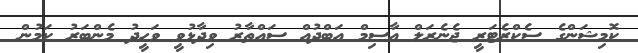
ކޮމިޝަންގެ ސެކްރެޓަރީ ޖެނެރަލް އާސިމް އަބްދުއް ސައްތާރު ވިދާޅުވީ ވަހީދު މެންބަރު ކަމުން